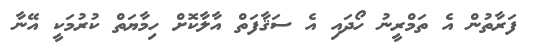
ފަރާތުން އެ ތަމްރީނު ހޯދައި އެ ސަޤާފަތް އާލާކޮށް ހިމާޔަތް ކުރުމަކީ އޭނާ